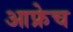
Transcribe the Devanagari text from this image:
आफ्रेच